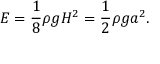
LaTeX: E = { \frac { 1 } { 8 } } \rho g H ^ { 2 } = { \frac { 1 } { 2 } } \rho g a ^ { 2 } .